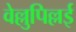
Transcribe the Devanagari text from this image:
वेल्लुपिल्लई